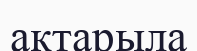
ақтарыла